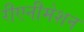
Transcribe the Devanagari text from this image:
रीएनीमेशन